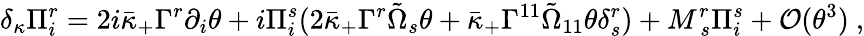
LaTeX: \delta_{\kappa}\Pi_{i}^{r}=2i\bar{\kappa}_{+}\Gamma^{r}\partial_{i}\theta+i\Pi_{i}^{s}(2\bar{\kappa}_{+}\Gamma^{r}\tilde{\Omega}_{s}\theta+\bar{\kappa}_{+}\Gamma^{11}\tilde{\Omega}_{11}\theta\delta_{s}^{r})+M_{~s}^{r}\Pi_{i}^{s}+{\cal O}(\theta^{3})~,